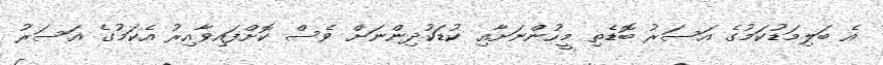
އެ ބަލިމަޑުކަމުގެ އަސަރު ބޮޑެތި މީހުންނަށާއި ކުޑަކުދިންނަށް ވެސް ކޮށްފައިވާއިރު އެކަމުގެ އަސަރު